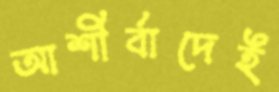
আশীর্বাদেই